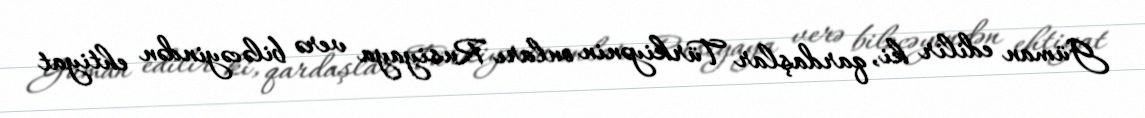
Güman edilir ki, qardaşlar Türkiyənin onları Rusiyaya verə biləcəyindən ehtiyat